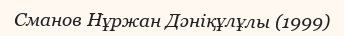
Сманов Нұржан Дәніқұлұлы (1999)